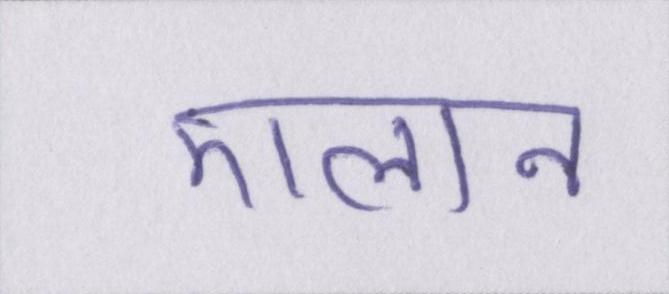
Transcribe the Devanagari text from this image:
एलान